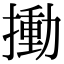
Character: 𢳾